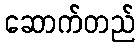
ဆောက်တည်